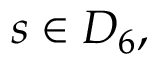
s \in D _ { 6 } ,